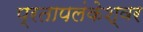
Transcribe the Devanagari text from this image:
प्रतापलंकेश्वर